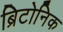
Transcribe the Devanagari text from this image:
ब्रिटोनिक